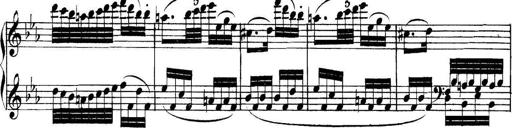
Title: Collected Piano Sonatas
Composer: Muzio Clementi